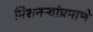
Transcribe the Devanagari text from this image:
मिशनऱ्यांप्रमाणे